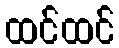
ထင်ထင်